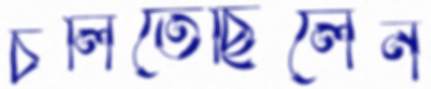
চলিতেছিলেন